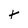
Character: t